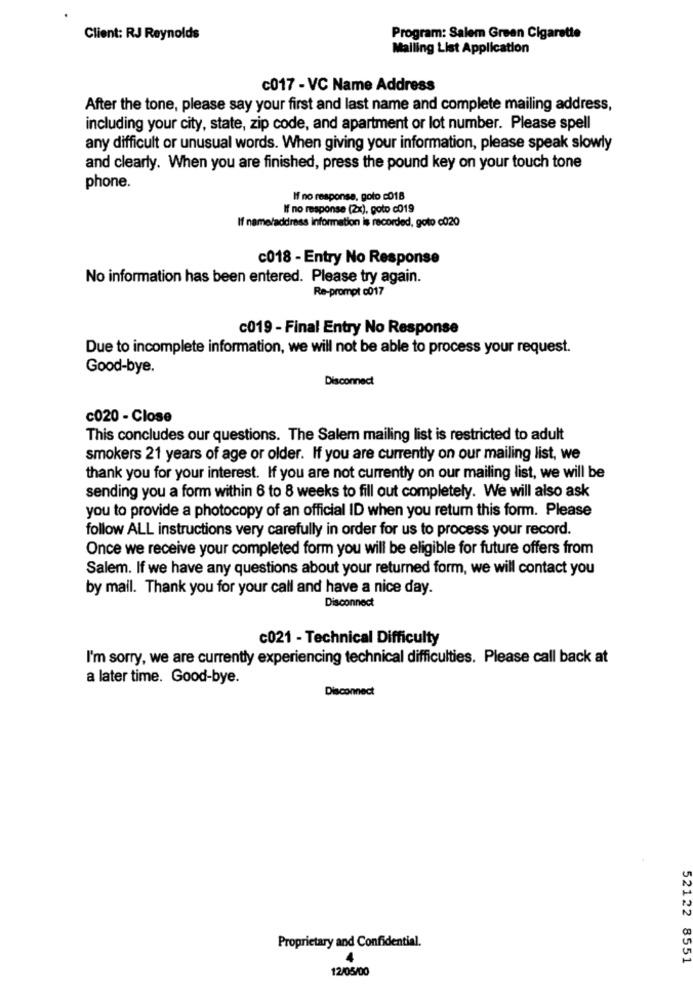
Client: RJ Reynolds
Program: Salem Green Cigarette
Mailing List Application
c017 - VC Name Address
After the tone, please say your first and last name and complete mailing address,
including your city, state, zip code, and apartment or lot number. Please spell
any difficult or unusual words. When giving your information, please speak slowly
and clearly. When you are finished, press the pound key on your touch tone
phone.
If no response, goto c018
If no response (2x), goto c019
If name/address information is recorded, goto c020
c018 - Entry No Response
No information has been entered. Please try again.
Re-prompt c017
c019 - Final Entry No Response
Due to incomplete information, we will not be able to process your request.
Good-bye.
Disconnect
c020 - Close
This concludes our questions. The Salem mailing list is restricted to adult
smokers 21 years of age or older. If you are currently on our mailing list, we
thank you for your interest. If you are not currently on our mailing list, we will be
sending you a form within 6 to 8 weeks to fill out completely. We will also ask
you to provide a photocopy of an official ID when you return this form. Please
follow ALL instructions very carefully in order for us to process your record.
Once we receive your completed form you will be eligible for future offers from
Salem. If we have any questions about your returned form, we will contact you
by mail. Thank you for your call and have a nice day.
Disconnect
c021 - Technical Difficulty
I'm sorry, we are currently experiencing technical difficulties. Please call back at
a later time. Good-bye.
Disconnect
52122
Proprietary and Confidential.
8551
12/05/00